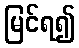
မြင်ရ၍